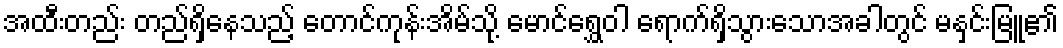
အထီးတည်း တည်ရှိနေသည့် တောင်ကုန်းအိမ်သို့ မောင်ရွှေဝါ ရောက်ရှိသွားသောအခါတွင် မနှင်းမြူ၏